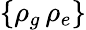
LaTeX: \{ \rho_{g}\, \rho_{e}\}